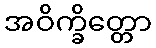
အဝိက္ခိတ္တော